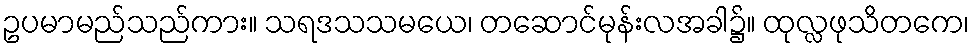
ဥပမာမည်သည်ကား။ သရဒသသမယေ၊ တဆောင်မုန်းလအခါ၌။ ထုလ္လဖုသိတကေ၊